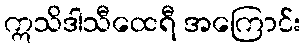
ဣသိဒါသီထေရီ အကြောင်း